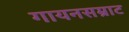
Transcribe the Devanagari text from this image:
गायनसम्राट